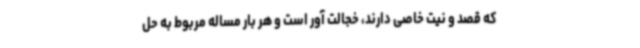
که قصد و نیت خاصی دارند، خجالت آور است و هر بار مساله مربوط به حل